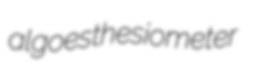
algoesthesiometer